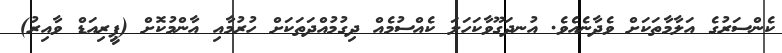
ކެންސަރުގެ އަލާމާތަކަށް ވެދާނެއެވެ. އުނދަގޫވާކަހަލަ ކެއްސުމެއް ދިގުމުއްދަތަކަށް ހުރުމާއި އާންމުކޮށް (ޕީރިއަޑް ވާއިރު)